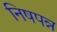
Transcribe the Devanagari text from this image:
निषपन्न